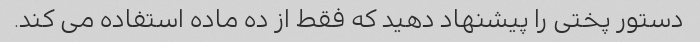
دستور پختی را پیشنهاد دهید که فقط از ده ماده استفاده می کند.